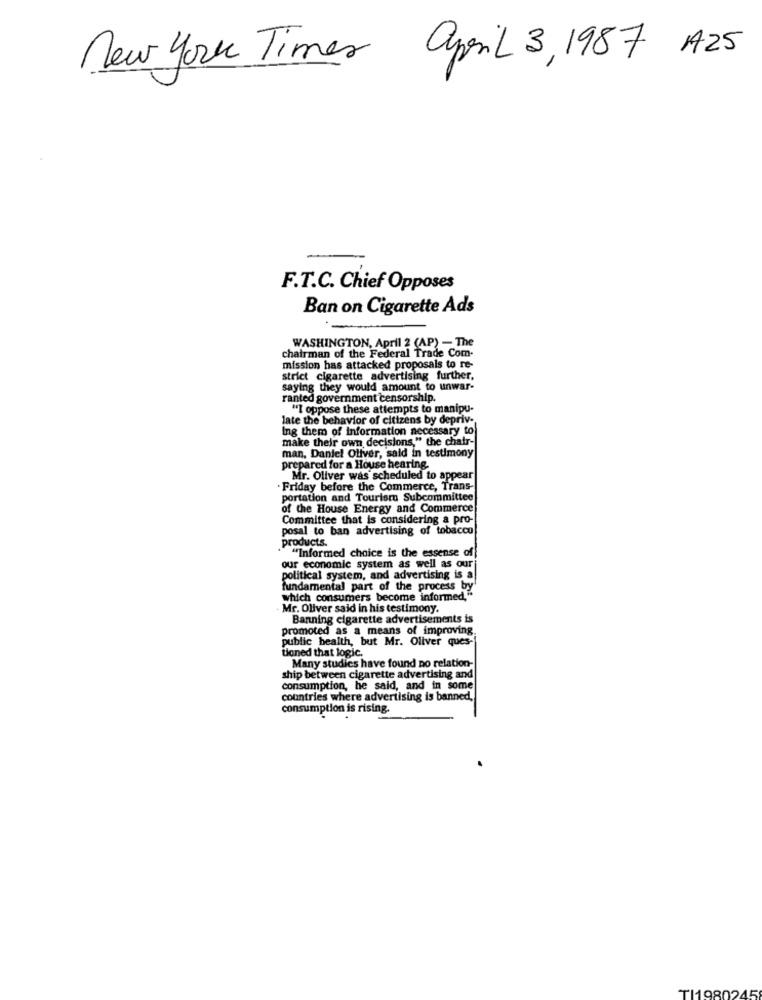
New York Times april 3, 1987 A25
F.T.C. Chief Opposes
Ban on Cigarette Ads
WASHINGTON, April 2 (AP) - The
chairman of the Federal Trade Com-
mission has attacked proposals to re-
strict cigarette advertising further,
saying they would amount to unwar-
ranted government censorship.
"I oppose these attempts to manipu-
late the behavior of citizens by depriv-
Ing them of information necessary to
make their own decisions," the chair-
man, Daniel Oliver, said in testimony
prepared for a House hearing.
Mr. Oliver was scheduled to appear
Friday before the Commerce, Trans-
portation and Tourism Subcommittee
of the House Energy and Commerce
Committee that is considering a pro-
posal to ban advertising of tobacco
products.
"Informed choice is the essense of
our economic system as well as our
political system, and advertising is a
fundamental part of the process by'
which consumers become informed,"
Mr. Oliver said in his testimony.
Banning cigarette advertisements is
promoted as a means of improving
public health, but Mr. Oliver ques-
tioned that logic.
Many studies have found no relation-
ship between cigarette advertising and
consumption, he said, and in some
countries where advertising is banned,
consumption is rising.
TI1980245